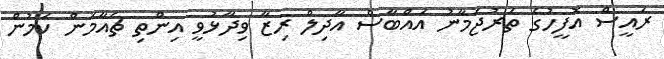
ރައީސް އޮފީހުގެ ތަރުޖަމާނު އައްބާސް އާދިލް ރިޒާ ވިދާޅުވީ އިންތި ޗެއާމަން ކަމުން